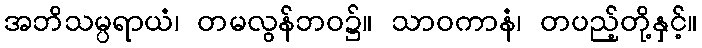
အဘိသမ္ပရာယံ၊ တမလွန်ဘဝ၌။ သာဝကာနံ၊ တပည့်တို့နှင့်။